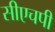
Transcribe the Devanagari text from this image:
सीएचपी